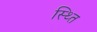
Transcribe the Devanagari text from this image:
स्थ्‍ति